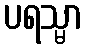
ပရသ္မာ